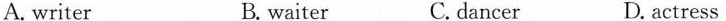
A. writer B. waiter C. dancer D. actress